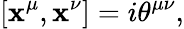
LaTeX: [\mathbf{x}^{\mu},\mathbf{x}^{\nu}]=i\theta^{\mu\nu},